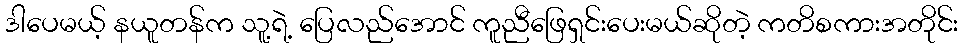
ဒါပေမယ့် နယူတန်က သူ့ရဲ့ ပြေလည်အောင် ကူညီဖြေရှင်းပေးမယ်ဆိုတဲ့ ကတိစကားအတိုင်း